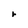
Character: r